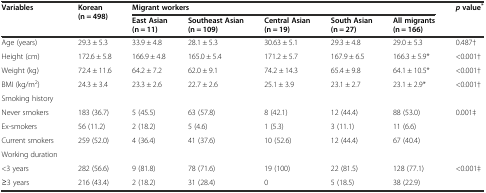
<table><thead><tr><td rowspan="2"><b>Variables</b></td><td rowspan="2"><b>Korean (n = 498)</b></td><td colspan="5"><b>Migrant workers</b></td><td rowspan="2"><b><i>p</i>value<sup>*</sup></b></td></tr><tr><td><b>East Asian (n = 11)</b></td><td><b>Southeast Asian (n = 109)</b></td><td><b>Central Asian (n = 19)</b></td><td><b>South Asian (n = 27)</b></td><td><b>All migrants (n = 166)</b></td></tr></thead><tbody><tr><td>Age (years)</td><td>29.3 ± 5.3</td><td>33.9 ± 4.8</td><td>28.1 ± 5.3</td><td>30.63 ± 5.1</td><td>29.3 ± 4.8</td><td>29.0 ± 5.3</td><td>0.487†</td></tr><tr><td>Height (cm)</td><td>172.6 ± 5.8</td><td>166.9 ± 4.8</td><td>165.0 ± 5.4</td><td>171.2 ± 5.7</td><td>167.9 ± 6.5</td><td>166.3 ± 5.9*</td><td>&lt;0.001†</td></tr><tr><td>Weight (kg)</td><td>72.4 ± 11.6</td><td>64.2 ± 7.2</td><td>62.0 ± 9.1</td><td>74.2 ± 14.3</td><td>65.4 ± 9.8</td><td>64.1 ± 10.5*</td><td>&lt;0.001†</td></tr><tr><td>BMI (kg/m<sup>2</sup>)</td><td>24.3 ± 3.4</td><td>23.3 ± 2.6</td><td>22.7 ± 2.6</td><td>25.1 ± 3.9</td><td>23.1 ± 2.7</td><td>23.1 ± 2.9*</td><td>&lt;0.001†</td></tr><tr><td>Smoking history</td><td></td><td></td><td></td><td></td><td></td><td></td><td></td></tr><tr><td>Never smokers</td><td>183 (36.7)</td><td>5 (45.5)</td><td>63 (57.8)</td><td>8 (42.1)</td><td>12 (44.4)</td><td>88 (53.0)</td><td>0.001‡</td></tr><tr><td>Ex-smokers</td><td>56 (11.2)</td><td>2 (18.2)</td><td>5 (4.6)</td><td>1 (5.3)</td><td>3 (11.1)</td><td>11 (6.6)</td><td></td></tr><tr><td>Current smokers</td><td>259 (52.0)</td><td>4 (36.4)</td><td>41 (37.6)</td><td>10 (52.6)</td><td>12 (44.4)</td><td>67 (40.4)</td><td></td></tr><tr><td>Working duration</td><td></td><td></td><td></td><td></td><td></td><td></td><td></td></tr><tr><td>&lt;3 years</td><td>282 (56.6)</td><td>9 (81.8)</td><td>78 (71.6)</td><td>19 (100)</td><td>22 (81.5)</td><td>128 (77.1)</td><td>&lt;0.001‡</td></tr><tr><td>≥3 years</td><td>216 (43.4)</td><td>2 (18.2)</td><td>31 (28.4)</td><td>0</td><td>5 (18.5)</td><td>38 (22.9)</td><td></td></tr></tbody></table>